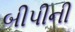
બીપીની